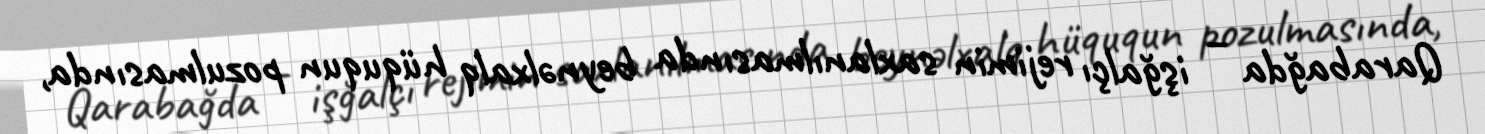
Qarabağda – işğalçı rejimin saxlanılmasında beynəlxalq hüququn pozulmasında,